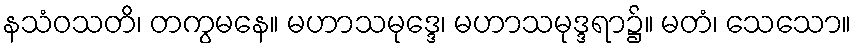
နသံဝသတိ၊ တကွမနေ။ မဟာသမုဒ္ဒေ၊ မဟာသမုဒ္ဒရာ၌။ မတံ၊ သေသော။